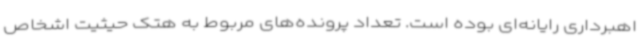
اهبرداری رایانه‌ای بوده است. تعداد پرونده‌های مربوط به هتک حیثیت اشخاص